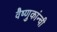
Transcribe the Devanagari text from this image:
वैष्णुकांन्ची